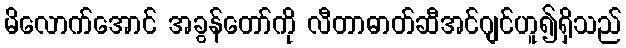
မိလောက်အောင် အခွန်တော်ကို လီတာဓာတ်ဆီအင်ဂျင်ဟူ၍ရှိသည်